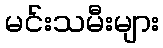
မင်းသမီးများ